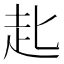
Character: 𧺊